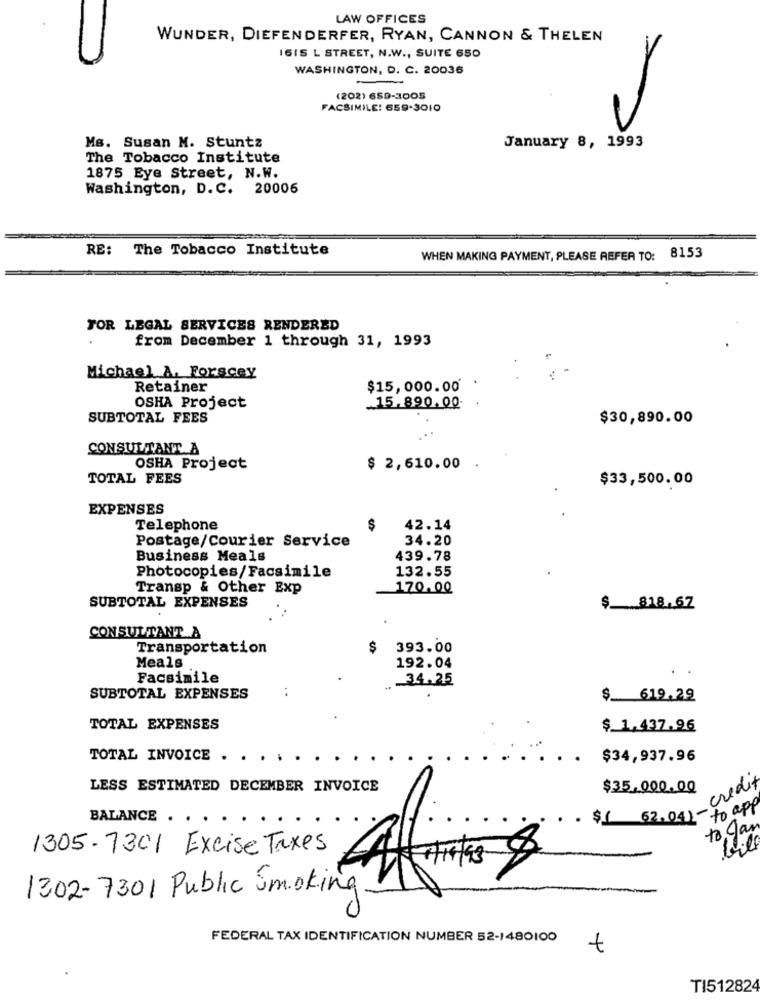
LAW OFFICES
WUNDER, DIEFENDERFER, RYAN, CANNON & THELEN
1615 L STREET, N.W ., SUITE 650
WASHINGTON, D. C. 20036
(202) 659-3005
FACSIMILE: 659-3010
Ms. Susan M. Stuntz
January 8, 1993
The Tobacco Institute
1875 Eye Street, N.W.
Washington, D.C. 20006
RE:
The Tobacco Institute
WHEN MAKING PAYMENT, PLEASE REFER TO: 8153
FOR LEGAL SERVICES RENDERED
from December 1 through 31, 1993
Michael A. Forscey
.
Retainer
$15,000.00*
OSHA Project
15. 890.00-
SUBTOTAL FEES
$30,890.00
CONSULTANT A
OSHA Project
$ 2,610.00
TOTAL FEES
$33,500.00
EXPENSES
Telephone
$
42.14
Postage/Courier Service
34.20
Business Meals
439.78
Photocopies/Facsimile
132.55
Transp & Other Exp
170.00
SUBTOTAL EXPENSES
$ $18.67
CONSULTANT A
Transportation
$ 393.00
Meals
192.04
Facsimile
34.25
..
SUBTOTAL EXPENSES
$ 619.29
TOTAL EXPENSES
$ 1.437.96
TOTAL INVOICE .
$34,937.96
credit
LESS ESTIMATED DECEMBER INVOICE
$35.000.00
BALANCE .
$1 62.04)- to app
to gan
1305-7301 Excise Taxes
1302-7301 Public Smoking
FEDERAL TAX IDENTIFICATION NUMBER 52-1480100 +
TI512824